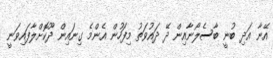
އޭނާ އަދި ބުނީ ބާސެލޯނާއިން ދޭ ދައުވަތު މިފަހުން އެންމެ ގިނައިން ދޫކޮށްލާފައިވަނީ